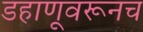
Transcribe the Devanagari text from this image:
डहाणूवरूनच